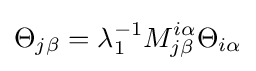
\Theta _{j\beta }=\lambda _{1}^{-1}M_{j\beta }^{i\alpha }\Theta _{i\alpha }